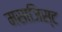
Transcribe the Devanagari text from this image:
मसाजिस्ट